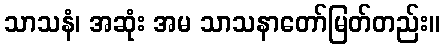
သာသနံ၊ အဆုံး အမ သာသနာတော်မြတ်တည်း။